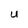
Character: U